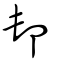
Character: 卸